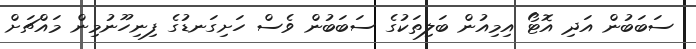
ސަބަބުން އަދި އޮޓޯ އިމިއުން ބަލިތަކުގެ ސަބަބުން ވެސް ހަށިގަނޑުގެ ފިނިހޫނުމިން މައްޗަށް